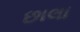
છાલા